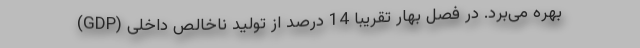
بهره می‌برد. در فصل بهار تقریبا 14 درصد از تولید ناخالص داخلی (GDP)